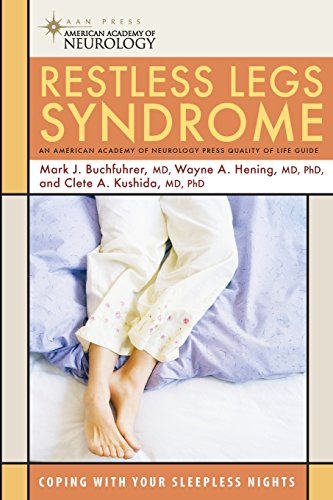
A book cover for Restless Legs Syndrome (American Academy of Neurology Press Quality of Life Guide Series); Mark J. Buchfuhrer MD; Health, Fitness & Dieting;